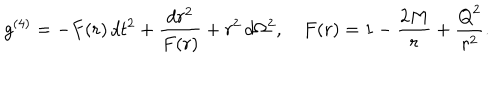
g ^ { ( 4 ) } = - F ( r ) \, d t ^ { 2 } + \frac { d r ^ { 2 } } { F ( r ) } + r ^ { 2 } \, d \Omega ^ { 2 } , \quad F ( r ) = 1 - \frac { 2 M } { r } + \frac { { Q } ^ { 2 } } { r ^ { 2 } } .